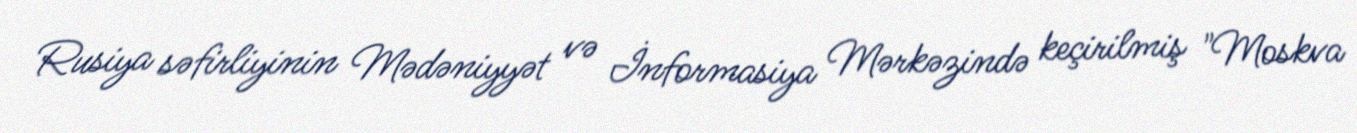
Rusiya səfirliyinin Mədəniyyət və İnformasiya Mərkəzində keçirilmiş "Moskva